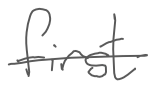
Text: first
Cross-out: single-line
Writing tool: digital_gray